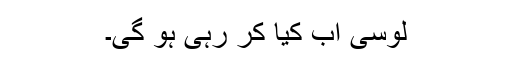
لوسی اب کیا کر رہی ہو گی۔